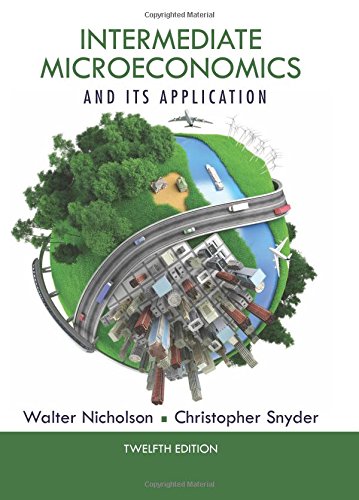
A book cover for Intermediate Microeconomics and Its Application (with CourseMate 2-Semester Printed Access Card); Walter Nicholson; Business & Money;